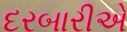
દરબારીએ